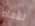
للأمام